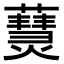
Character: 𤑒